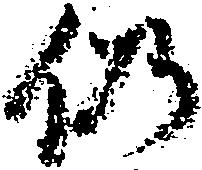
仍